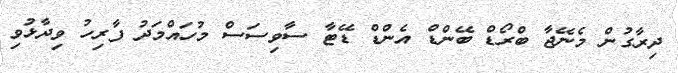
ދިރާގުން މެނޭޖާ ބްރޯޑް ބޭންޑް އެންޑް ޑޭޓާ ސާވިސަސް މުހައްމަދު ފާރިހު ވިދާޅުވި